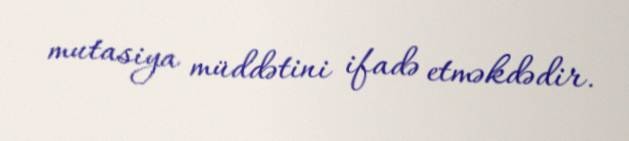
mutasiya müddətini ifadə etməkdədir.